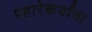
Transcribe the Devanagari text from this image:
पहारेकर्यांचा